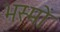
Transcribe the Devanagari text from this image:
भस्मों